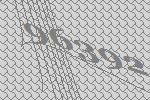
96392